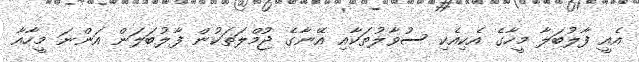
އެއީ ފާލުބަލާ މީހާގެ އެކިއެކި ސުވާލުތަކާއި އޭނާގެ ޖުމްލަތަކުން ފާލުބަލަން އަންނަ މީހާއާ